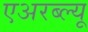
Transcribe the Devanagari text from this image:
एअरब्ल्यू